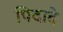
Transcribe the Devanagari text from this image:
पिदादे